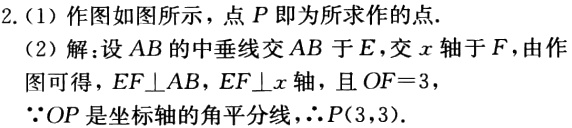
2.（1）作图如图所示，点 \(P\) 即为所求作的点.
（2）解：设 \(AB\) 的中垂线交 \(AB\) 于 \(E\)，交 \(x\) 轴于 \(F\)，由作图可得，\(EF\perp AB\)，\(EF\perp x\) 轴，且 \(OF = 3\)，
\(\because OP\) 是坐标轴的角平分线，\(\therefore P(3,3)\).